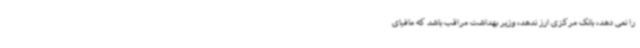
را نمی دهد، بانک مرکزی ارز ندهد، وزیر بهداشت مراقب باشد که مافیای